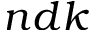
n d k